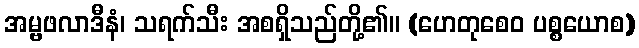
အမ္ဗဖလာဒီနံ၊ သရက်သီး အစရှိသည်တို့၏။ (ဟေတုစေဝ ပစ္စယောစ)